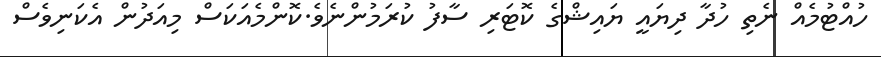
ހުއްޓުމެއް ނެތި ހުދާ ދިޔައީ ޔައިޝްގެ ކޮޓަރި ސާފު ކުރަމުންނެވެ.ކޮންމެއަކަސް މިއަދުން އެކަނިވެސް